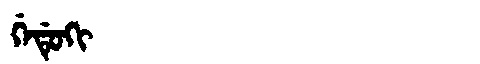
Manchu: ᡤᡝᡩᡠᡴᡳ
Romanization: GEDUKI